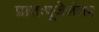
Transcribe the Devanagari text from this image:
प्रातःपूजेनंतर